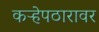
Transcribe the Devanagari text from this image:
कऱ्हेपठारावर